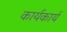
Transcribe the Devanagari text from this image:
कार्यकार्य